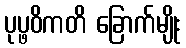
ပုပ္ဖဝိကတိ ခြောက်မျိုး